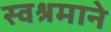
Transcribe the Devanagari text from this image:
स्वश्रमाने